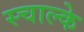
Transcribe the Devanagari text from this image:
स्चाल्के